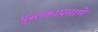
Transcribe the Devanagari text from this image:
पुस्तकाप्रमाणे